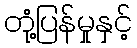
တုံ့ပြန်မှုနှင့်